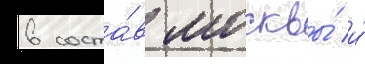
в соста́в москвы́ и́